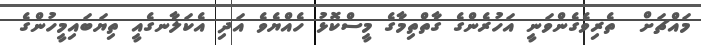
މައްޗަށް  ތެރިވެގެންވަނީ އަހުރެންގެ ގާތްތިމާގެ މީސްކޮޅު ހެއްޔެވެ އަދި އެކަލާނގެއީ ތިޔަބައިމީހުންގެ